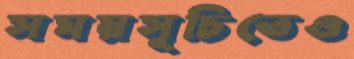
সময়সূচিতেও